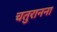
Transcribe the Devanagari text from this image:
चतुरानना